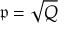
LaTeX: { \mathfrak { p } } = { \sqrt { Q } }